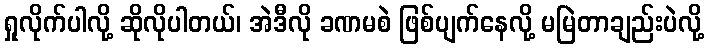
ရှုလိုက်ပါလို့ ဆိုလိုပါတယ်၊ အဲဒီလို ခဏမစဲ ဖြစ်ပျက်နေလို့ မမြဲတာချည်းပဲလို့